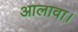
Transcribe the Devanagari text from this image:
आलावा।